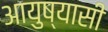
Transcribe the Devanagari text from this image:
आयुष्यासी